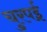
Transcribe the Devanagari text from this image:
चुरपई